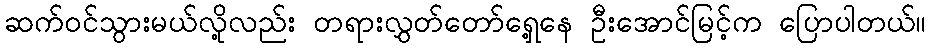
ဆက်ဝင်သွားမယ်လို့လည်း တရားလွှတ်တော်ရှေ့နေ ဦးအောင်မြင့်က ပြောပါတယ်။